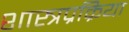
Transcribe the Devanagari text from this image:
शास्त्रप्रक्रिया